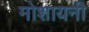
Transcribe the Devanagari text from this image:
मोशायनी